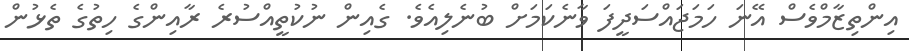
އިންތިޒާމްވެސް އޭނަ ހަމަޖައްސަދީފަ ވާނެކަމަށް ބުނެލިއެވެ. ގެއިން ނުކުތީއްސުރެ ރާއިންގެ ހިތުގެ ތެޅުން